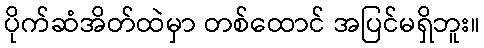
ပိုက်ဆံအိတ်ထဲမှာ တစ်ထောင် အပြင်မရှိဘူး။